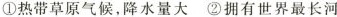
①热带草原气候，降水量大②拥有世界最长河